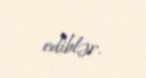
ediblər.